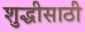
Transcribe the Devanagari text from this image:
शुद्धीसाठी